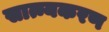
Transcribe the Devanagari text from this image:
सात्म्यकरण